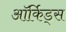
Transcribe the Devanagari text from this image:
ऑर्किड्स